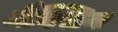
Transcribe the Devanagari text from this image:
मैक्सिन